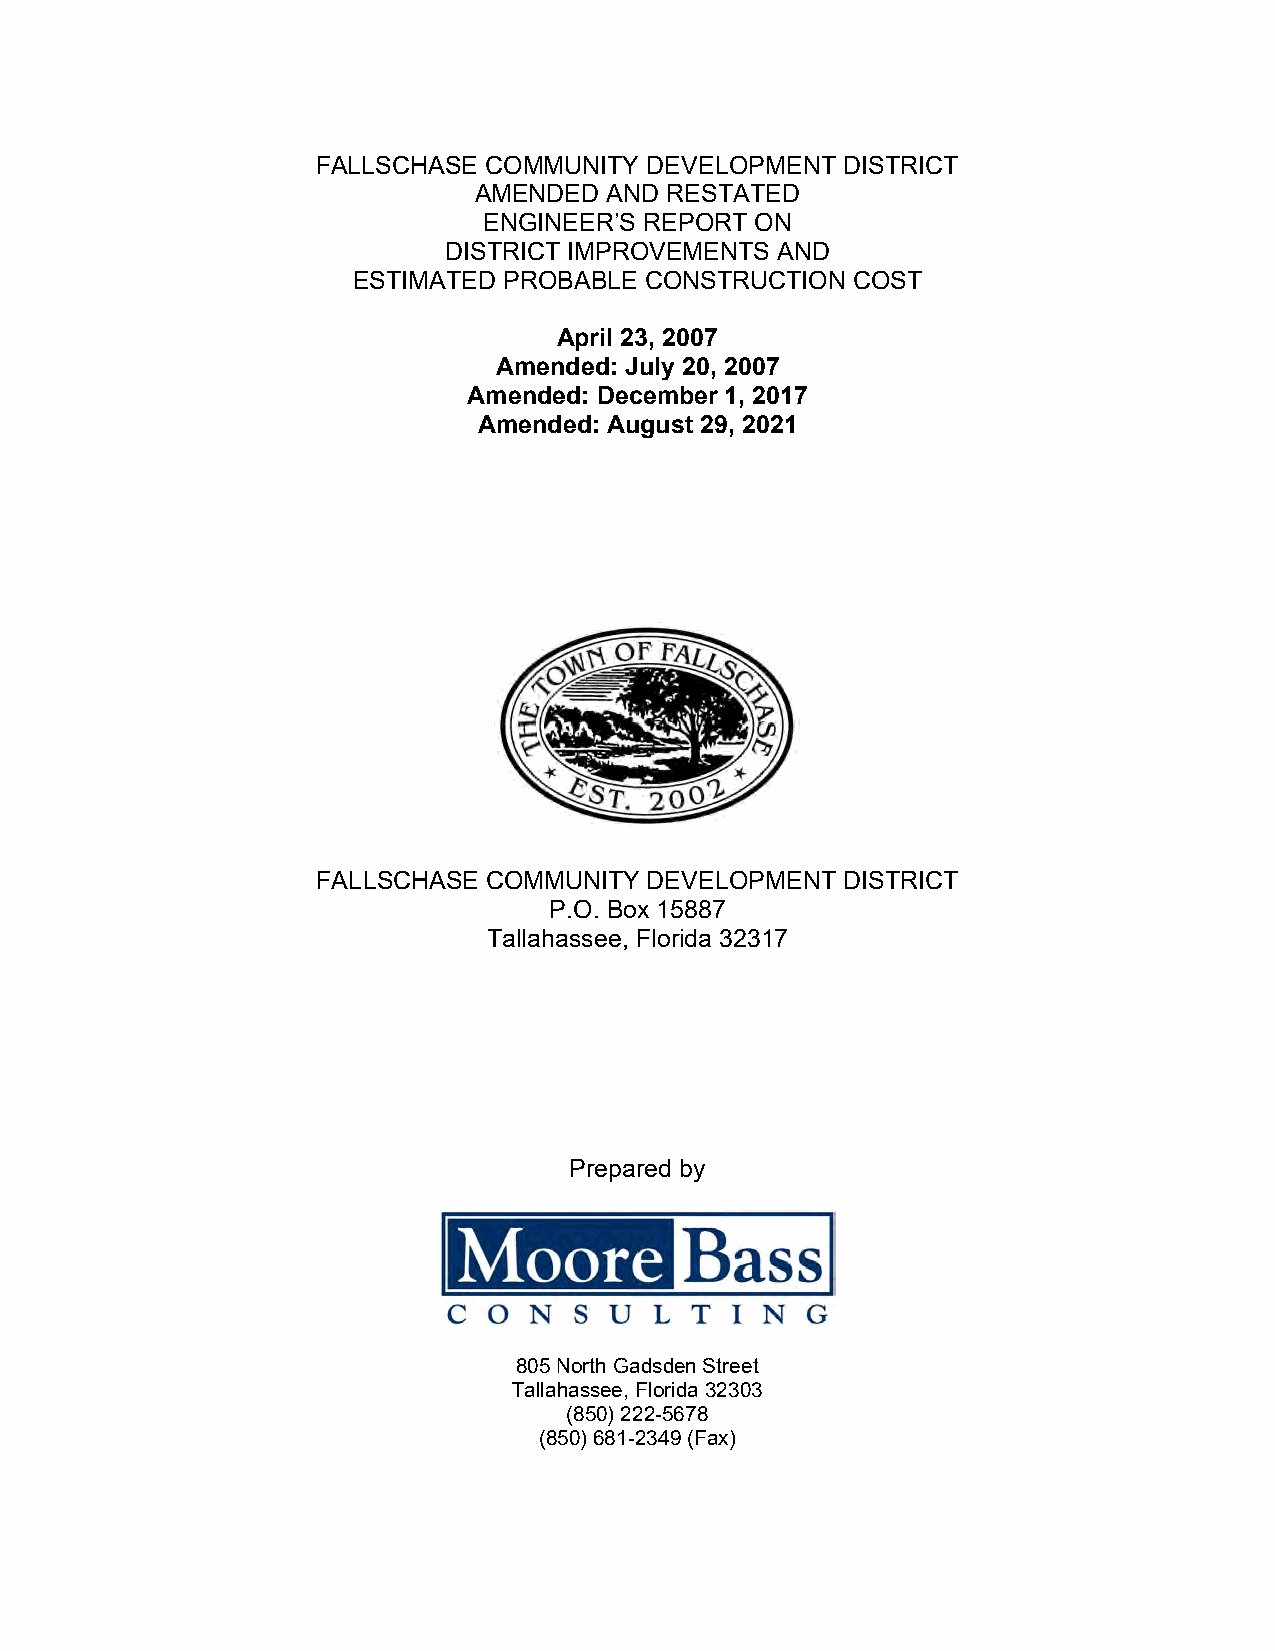
FALLSCHASE COMMUNITY  DEVELOPMENT  DISTRICT
 AMENDED  AND RESTATED
 ENGINEER’S REPORT ON
 DISTRICT IMPROVEMENTS AND
 ESTIMATED PROBABLE  CONSTRUCTION COST
 April 23, 2007
 Amended: July 20, 2007
 Amended: December 1, 2017
 Amended: August 29, 2021
 FALLSCHASE COMMUNITY  DEVELOPMENT  DISTRICT
 P.O. Box 15887
 Tallahassee, Florida 32317
 Prepared by
 Bassi
 Moore
 CONSULTING
 805 North Gadsden Street
 Tallahassee, Florida 32303
 (850) 222-5678
 (850) 681-2349 (Fax)